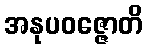
အနုပဝဇ္ဇောတိ